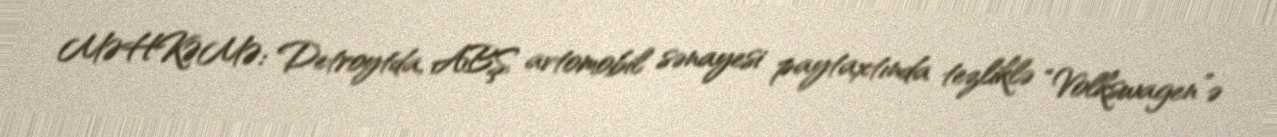
MƏHKƏMƏ: Detroytda, ABŞ avtomobil sənayesi paytaxtında tezliklə “Volkswagen”ə